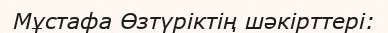
Мұстафа Өзтүріктің шәкірттері: